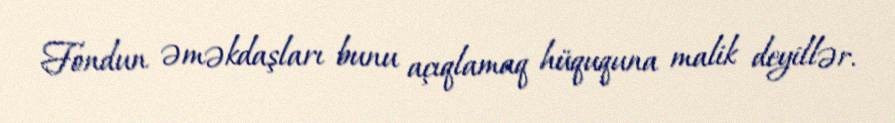
Fondun əməkdaşları bunu açıqlamaq hüququna malik deyillər.